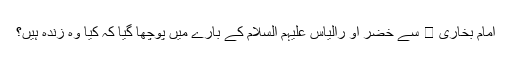
امام بخاری  سے خضر او رالیاس علیہم السلام کے بارے میں پوچھا گیا کہ کیا وہ زندہ ہیں؟